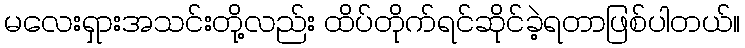
မလေးရှားအသင်းတို့လည်း ထိပ်တိုက်ရင်ဆိုင်ခဲ့ရတာဖြစ်ပါတယ်။